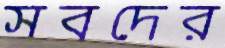
সবদের